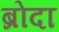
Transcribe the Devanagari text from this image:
ब्रोदा